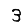
Digit: 3